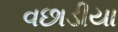
વછાડીયા